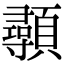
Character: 䫮